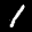
Label: 1